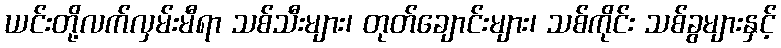
ယင်းတို့လက်လှမ်းမီရာ သစ်သီးများ၊ တုတ်ချောင်းများ၊ သစ်ကိုင်း သစ်ခွများနှင့်